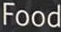
Food